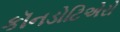
કૉનડોટિએરો